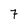
Character: 7